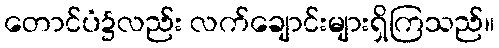
တောင်ပံ၌လည်း လက်ချောင်းများရှိကြသည်။